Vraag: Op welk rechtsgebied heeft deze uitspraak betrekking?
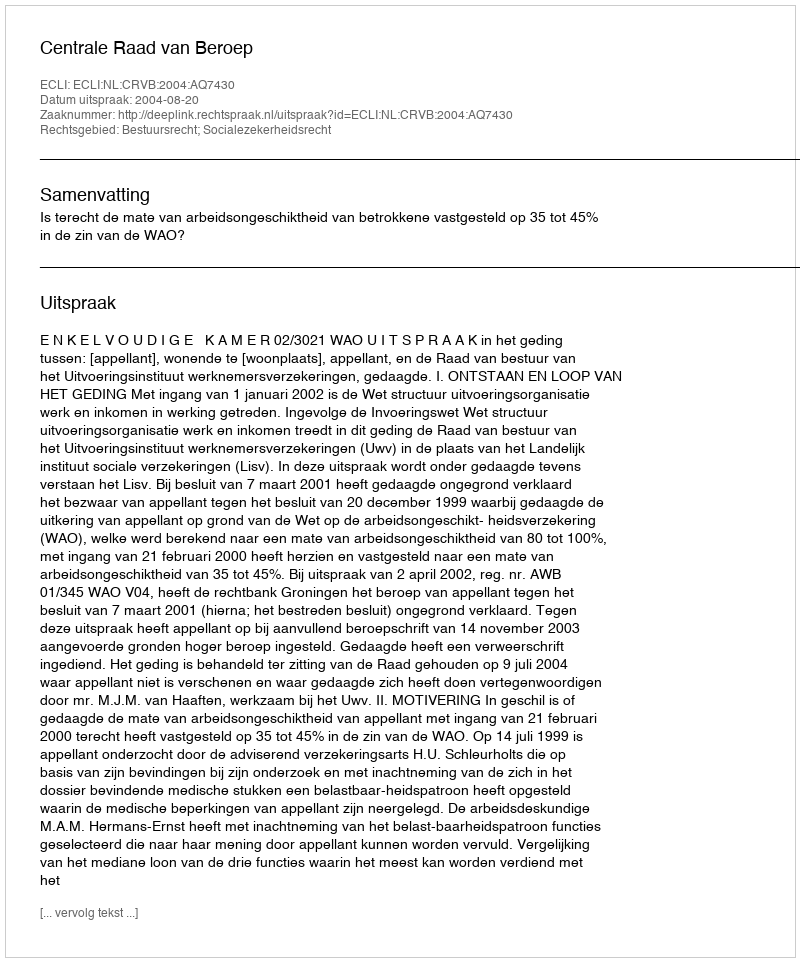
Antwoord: Bestuursrecht; Socialezekerheidsrecht